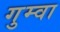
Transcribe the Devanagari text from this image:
गुम्वा